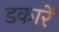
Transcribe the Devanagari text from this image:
डकारें